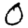
Digit: 0